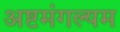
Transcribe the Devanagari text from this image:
अष्टमंगल्यम